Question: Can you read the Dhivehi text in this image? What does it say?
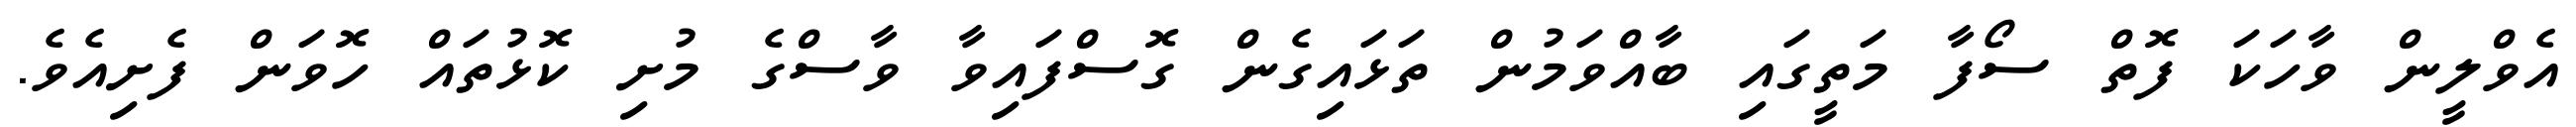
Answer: އެވްލީން ވާހަކަ ފޮތް ސޯފާ މަތީގައި ބާއްވަމުން ތަޅައިގެން ގޮސްފައިވާ ވާސްގެ މުށި ކޮޅުތައް ހޮވަން ފެށިއެވެ.